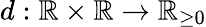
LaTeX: d:\mathbb{R}\times\mathbb{R}\to\mathbb{R}_{\geq 0}